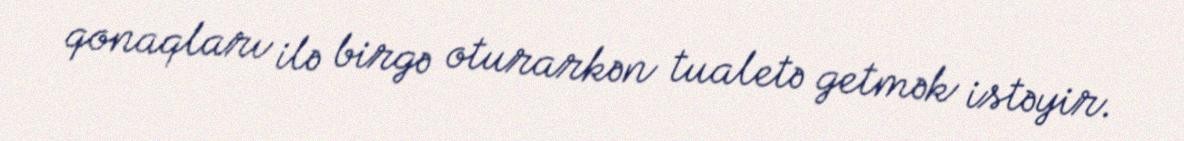
qonaqları ilə birgə oturarkən tualetə getmək istəyir.